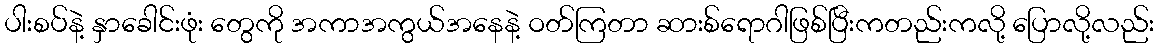
ပါးစပ်နဲ့ နှာခေါင်းဖုံး တွေကို အကာအကွယ်အနေနဲ့ ဝတ်ကြတာ ဆားစ်ရောဂါဖြစ်ပြီးကတည်းကလို့ ပြောလို့လည်း